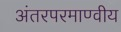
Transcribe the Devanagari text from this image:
अंतरपरमाण्वीय